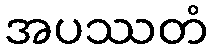
အပဿတံ